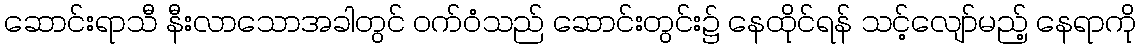
ဆောင်းရာသီ နီးလာသောအခါတွင် ဝက်ဝံသည် ဆောင်းတွင်း၌ နေထိုင်ရန် သင့်လျော်မည့် နေရာကို